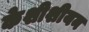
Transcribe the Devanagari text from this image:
केशीशीयन